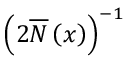
\left( 2 \overline { { N } } \left( x \right) \right) ^ { - 1 }